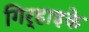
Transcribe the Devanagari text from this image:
गिर्‍हाइके